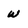
Character: w